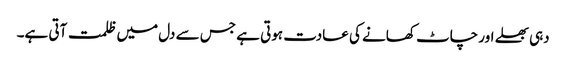
دہی بھلے اور چاٹ کھانے کی عادت ہوتی ہے جس سے دل میں ظلمت آتی ہے۔